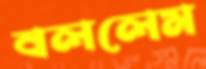
বললেম